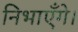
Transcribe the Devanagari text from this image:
निभाएँगे।